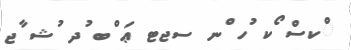
ްކސް ޯކ ުހ ްނ ސޖޓ ޢަ ްބ ުދ ުޝ ާޖ